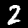
Digit: 2